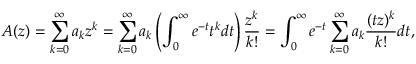
A ( z ) = \sum _ { k = 0 } ^ { \infty } a _ { k } z ^ { k } = \sum _ { k = 0 } ^ { \infty } a _ { k } \left( \int _ { 0 } ^ { \infty } e ^ { - t } t ^ { k } d t \right) \frac { z ^ { k } } { k ! } = \int _ { 0 } ^ { \infty } e ^ { - t } \sum _ { k = 0 } ^ { \infty } a _ { k } \frac { ( t z ) ^ { k } } { k ! } d t ,